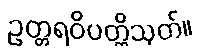
ဥတ္တရဝိပတ္တိသုတ်။